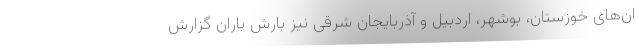
ان‌های خوزستان، بوشهر، اردبیل و آذربایجان شرقی نیز بارش باران گزارش